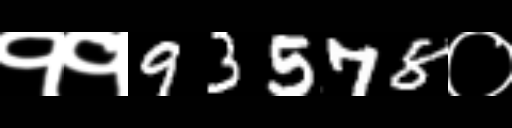
Text: ११93578०